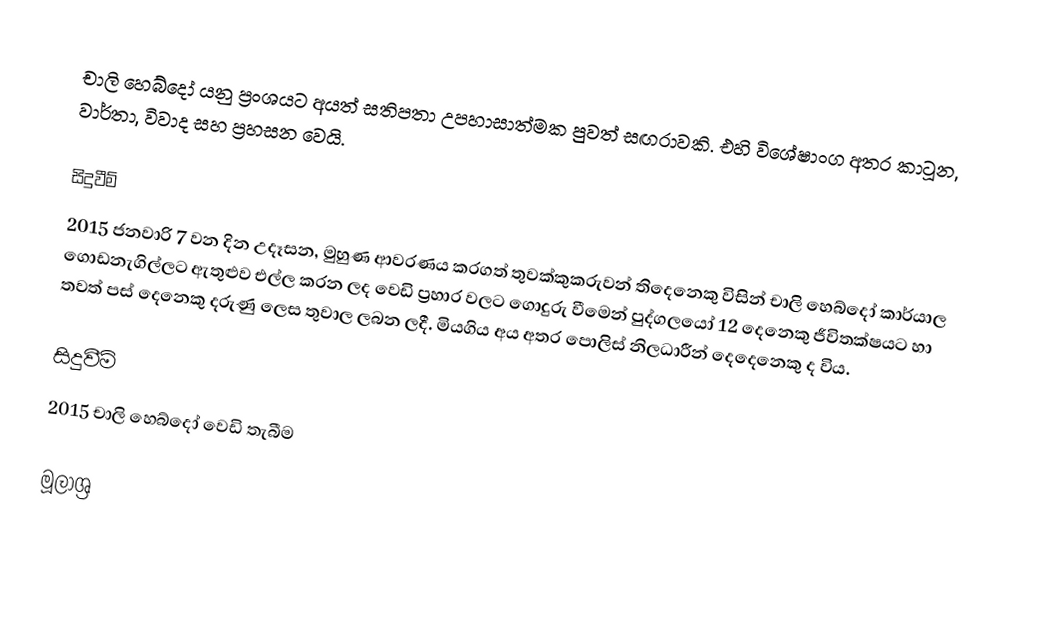
චාලි හෙබ්දෝ යනු ප්‍රංශයට අයත් සතිපතා උපහාසාත්මක පුවත් සඟරාවකි. එහි විශේෂාංග අතර කාටූන, වාර්තා, විවාද සහ ප්‍රහසන වෙයි.

සිදුවීම්
2015 ජනවාරි 7 වන දින උදෑසන, මුහුණ ආවරණය කරගත් තුවක්කුකරුවන් තිදෙනෙකු විසින් චාලි හෙබ්දෝ කාර්යාල ගොඩනැගිල්ලට ඇතුළුව එල්ල කරන ලද වෙඩි ප්‍රහාර වලට ගොදුරු වීමෙන් පුද්ගලයෝ 12 දෙනෙකු ජීවිතක්ෂයට හා තවත් පස් දෙනෙකු දරුණු ලෙස තුවාල ලබන ලදී. මියගිය අය අතර පොලිස් නිලධාරීන් දෙදෙනෙකු ද විය.

සිදුවීම්
2015 චාලි හෙබ්දෝ වෙඩි තැබීම

මූලාශ්‍ර